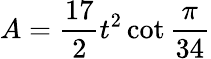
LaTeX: A={\frac{17}{2}}t^{2}\cot{\frac{\pi}{34}}